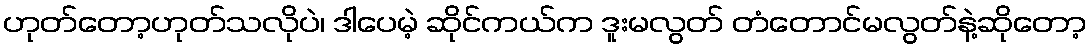
ဟုတ်တော့ဟုတ်သလိုပဲ၊ ဒါပေမဲ့ ဆိုင်ကယ်က ဒူးမလွတ် တံတောင်မလွတ်နဲ့ဆိုတော့